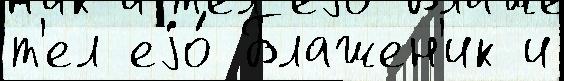
т'ел еjо́ Блажен'ик и